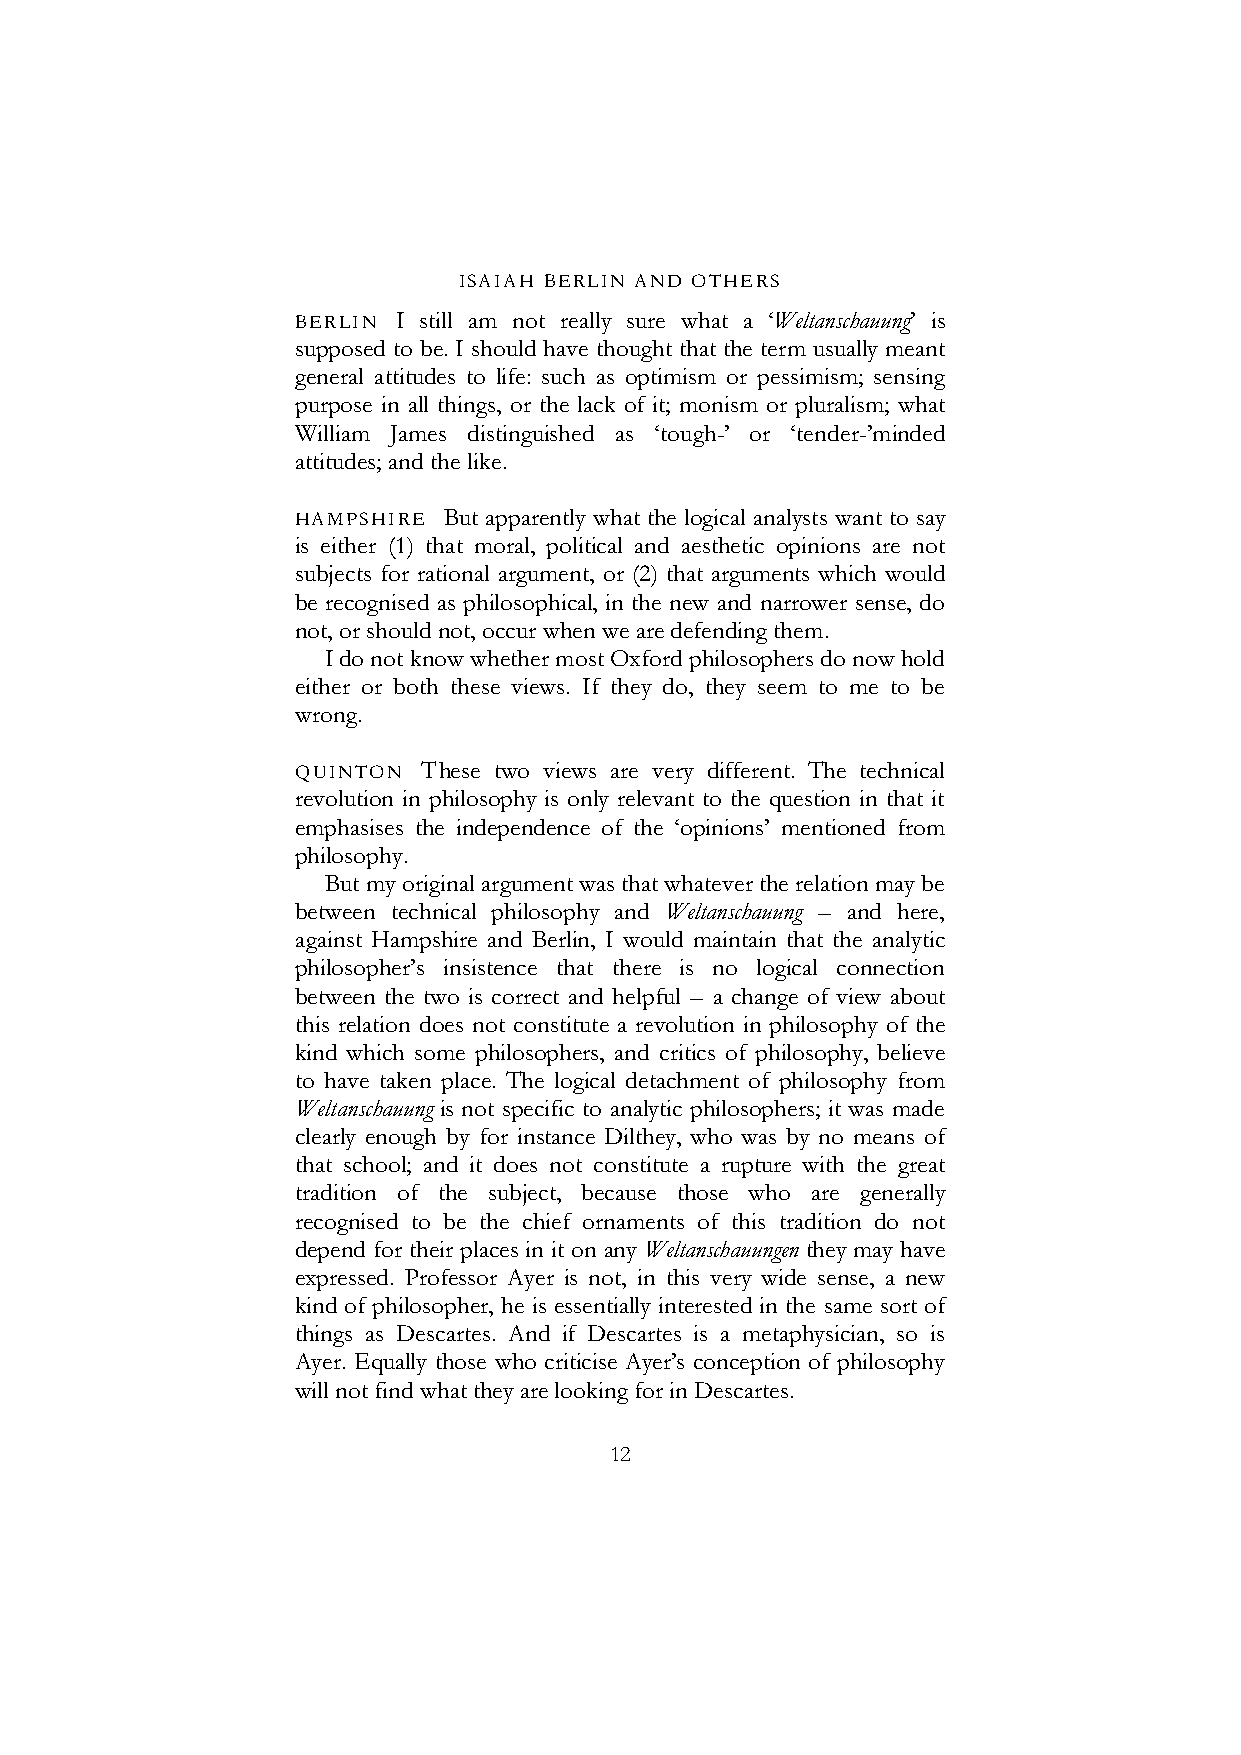
ISAIAH BERLIN AND OTHERS
 BERLIN I still am not really sure what a ‘Weltanschauung’ is
 supposed to be. I should have thought that the term usually meant
 general attitudes to life: such as optimism or pessimism; sensing
 purpose in all things, or the lack of it; monism or pluralism; what
 William James distinguished as ‘tough-’ or ‘tender-’minded
 attitudes; and the like.
 HAMPSHIRE But apparently what the logical analysts want to say
 is either (1) that moral, political and aesthetic opinions are not
 subjects for rational argument, or (2) that arguments which would
 be recognised as philosophical, in the new and narrower sense, do
 not, or should not, occur when we are defending them.
 I do not know whether most Oxford philosophers do now hold
 either or both these views. If they do, they seem to me to be
 wrong.
 QUINTON These two views are very different. The technical
 revolution in philosophy is only relevant to the question in that it
 emphasises the independence of the ‘opinions’ mentioned from
 philosophy.
 But my original argument was that whatever the relation may be
 between technical philosophy and Weltanschauung – and here,
 against Hampshire and Berlin, I would maintain that the analytic
 philosopher’s insistence that there is no logical connection
 between the two is correct and helpful – a change of view about
 this relation does not constitute a revolution in philosophy of the
 kind which some philosophers, and critics of philosophy, believe
 to have taken place. The logical detachment of philosophy from
 Weltanschauung is not specific to analytic philosophers; it was made
 clearly enough by for instance Dilthey, who was by no means of
 that school; and it does not constitute a rupture with the great
 tradition of the subject, because those who are generally
 recognised to be the chief ornaments of this tradition do not
 depend for their places in it on any Weltanschauungen they may have
 expressed. Professor Ayer is not, in this very wide sense, a new
 kind of philosopher, he is essentially interested in the same sort of
 things as Descartes. And if Descartes is a metaphysician, so is
 Ayer. Equally those who criticise Ayer’s conception of philosophy
 will not find what they are looking for in Descartes.
 12